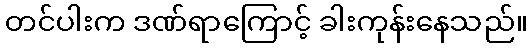
တင်ပါးက ဒဏ်ရာကြောင့် ခါးကုန်းနေသည်။